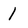
Character: 1